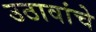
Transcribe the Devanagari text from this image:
उठावांचे